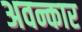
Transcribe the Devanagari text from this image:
अवन्कार